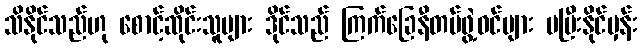
သိနိုင်သည်ဟု စောင့်ဆိုင်းသူများ ဒိုင်သည် ကြက်ခြေနီတပ်ဖွဲ့ဝင်များ မပြီးနိုင်မှန်း